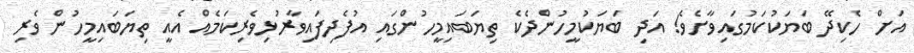
އަށް ހެކިދޭ ބަޔަކުކަމުގައިވާށެވެ! އަދި ބަޔަކުމީހުންދެކެ ތިޔަބައިމީހުންގައި އުފެދިފައިވާރުޅިވެރިކަމެއް އެއީ ތިޔަބައިމީހުން ވެރި